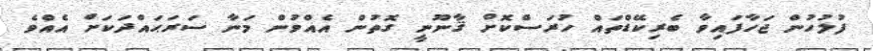
ފުލުހުން ޖަހާފައިވާ ބެރިކޭޑްތައް ހުރަސްކޮށް ޤާނޫނީ ގޮތުން އެއްވުން މަނާ ސަރަޙައްދަކަށް އެއްވެ